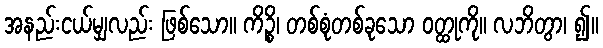
အနည်းငယ်မျှလည်း ဖြစ်သော။ ကိဉ္စိ၊ တစ်စုံတစ်ခုသော ဝတ္ထုကို။ လဘိတွာ၊ ၍။